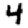
Digit: 4